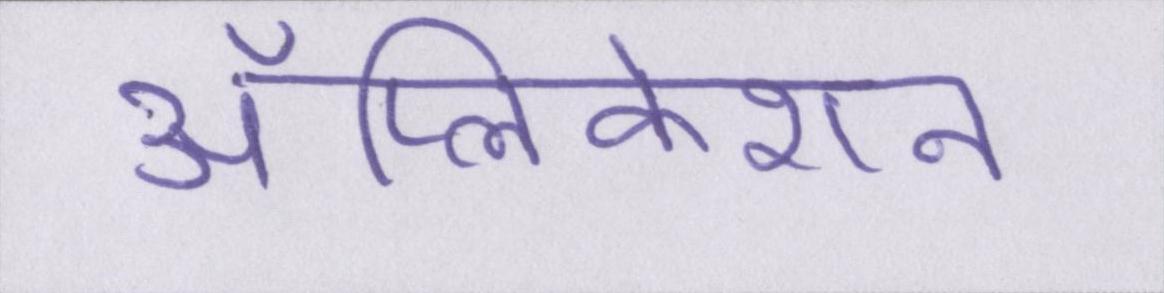
ॲप्लिकेशन